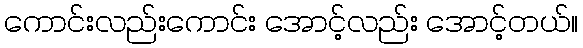
ကောင်းလည်းကောင်း အောင့်လည်း အောင့်တယ်။